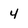
Character: 4